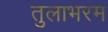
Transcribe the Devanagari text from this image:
तुलाभरम